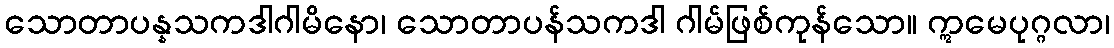
သောတာပန္နသကဒါဂါမိနော၊ သောတာပန်သကဒါ ဂါမ်ဖြစ်ကုန်သော။ ဣမေပုဂ္ဂလာ၊